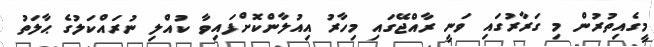
މީގެއިތުރުން މި ގަރާރުގައި ވަނީ ރާއްޖޭގައި މިހާރު އިއުލާންކޮށްފައިވާ ކުއްލި ނުރައްކަލުގެ ޙާލަތު